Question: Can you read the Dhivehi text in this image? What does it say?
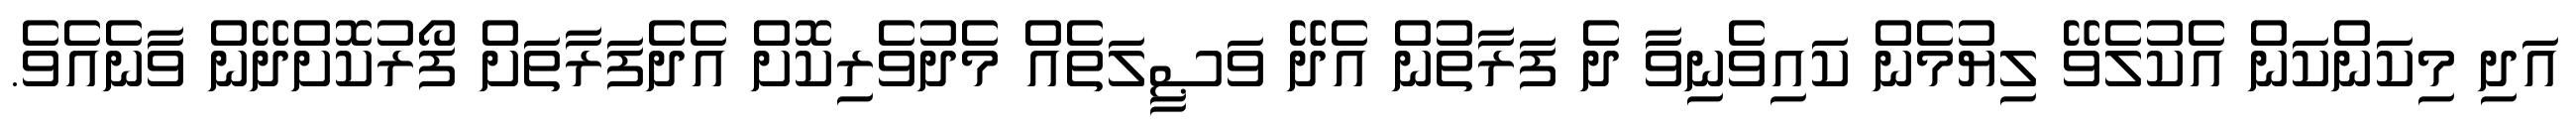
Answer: އަދި މިކަންކަން އެކުލެވޭ ލިޔުމެން ކައިވެނިވާ ދެ ފަރާތުން އެދޭ ވަޞީލަތެއް މެދުވެރިކޮށް އެދެފަރާތަށް ފޯރުކޮށްދޭން ވާނެއެވެ.